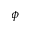
\phi